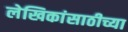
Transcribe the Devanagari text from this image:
लेखिकांसाठीच्या